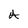
Character: A